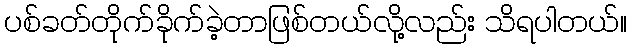
ပစ်ခတ်တိုက်ခိုက်ခဲ့တာဖြစ်တယ်လို့လည်း သိရပါတယ်။